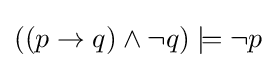
((p\to q)\land \neg q)\models \neg p